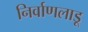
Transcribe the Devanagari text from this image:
निर्वाणलाडू